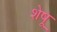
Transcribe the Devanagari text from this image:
शेषू